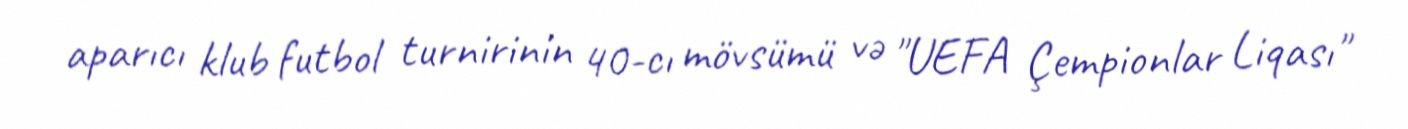
aparıcı klub futbol turnirinin 40-cı mövsümü və "UEFA Çempionlar Liqası"